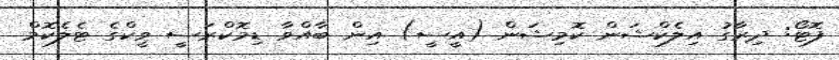
ފޮޓޯ: ދިރާގު އިލެކްޝަން ކޮމިޝަން (އީސީ) އިން ބާއްވާ ޑިމޮކްރަސީ ވީކްގެ ޓެލެކޮމް